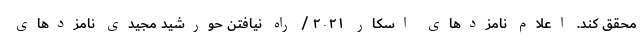
محقق کند. اعلام نامزدهای اسکار ۲۰۲۱ / راه نیافتن حورشید مجیدی نامزدهای